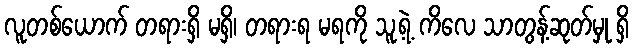
လူတစ်ယောက် တရားရှိ မရှိ၊ တရားရ မရကို သူ့ရဲ့ ကိလေ သာတွန့်ဆုတ်မှု ရှိ